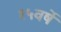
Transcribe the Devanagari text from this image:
१५वर्षे